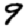
Digit: 9